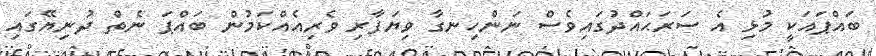
ބައްޕައަކީ މުޅި އެ ސަރަޙައްދުގައިވެސް ނަންހިނގާ ވިޔަފާރި ވެރިއެއްކަމުން ބައްޕަ ނެތް ދުނިޔޭގައި